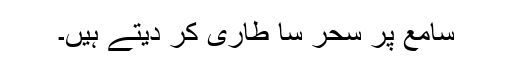
سامع پر سحر سا طاری کر دیتے ہیں۔